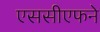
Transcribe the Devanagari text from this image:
एससीएफने